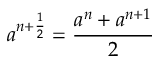
a ^ { n + \frac { 1 } { 2 } } = \frac { a ^ { n } + a ^ { n + 1 } } { 2 }